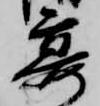
宴